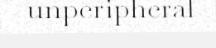
unperipheral